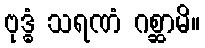
ဗုဒ္ဓံ သရဏံ ဂစ္ဆာမိ။